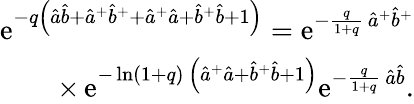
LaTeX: \begin{array}{r}{\textrm{e}^{-q{\left({\hat{a}}{\hat{b}}+{{\hat{a}}}^{+}{{\hat{b}}}^{+}+{{\hat{a}}}^{+}{\hat{a}}+{{\hat{b}}}^{+}{\hat{b}}+1\right)}}=\textrm{e}^{-\frac{q}{1+q}\, {{\hat{a}}}^{+}{{\hat{b}}}^{+}}}\\ {\times\, \textrm{e}^{-\ln(1+q)\, \left({\hat{a}}^{+}{\hat{a}}+{\hat{b}}^{+}{\hat{b}}+1\right)}\textrm{e}^{-\frac{q}{1+q}\, {\hat{a}}{\hat{b}}}.}\end{array}